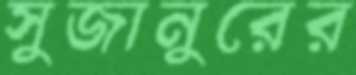
সুজানুরের